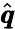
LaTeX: \hat{\pmb q}